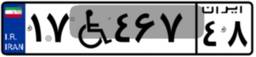
۱۷W۴۶۷۴۸